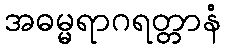
အဓမ္မရာဂရတ္တာနံ